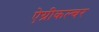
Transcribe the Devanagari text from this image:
ऐग्रीकल्चर